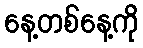
နေ့တစ်နေ့ကို